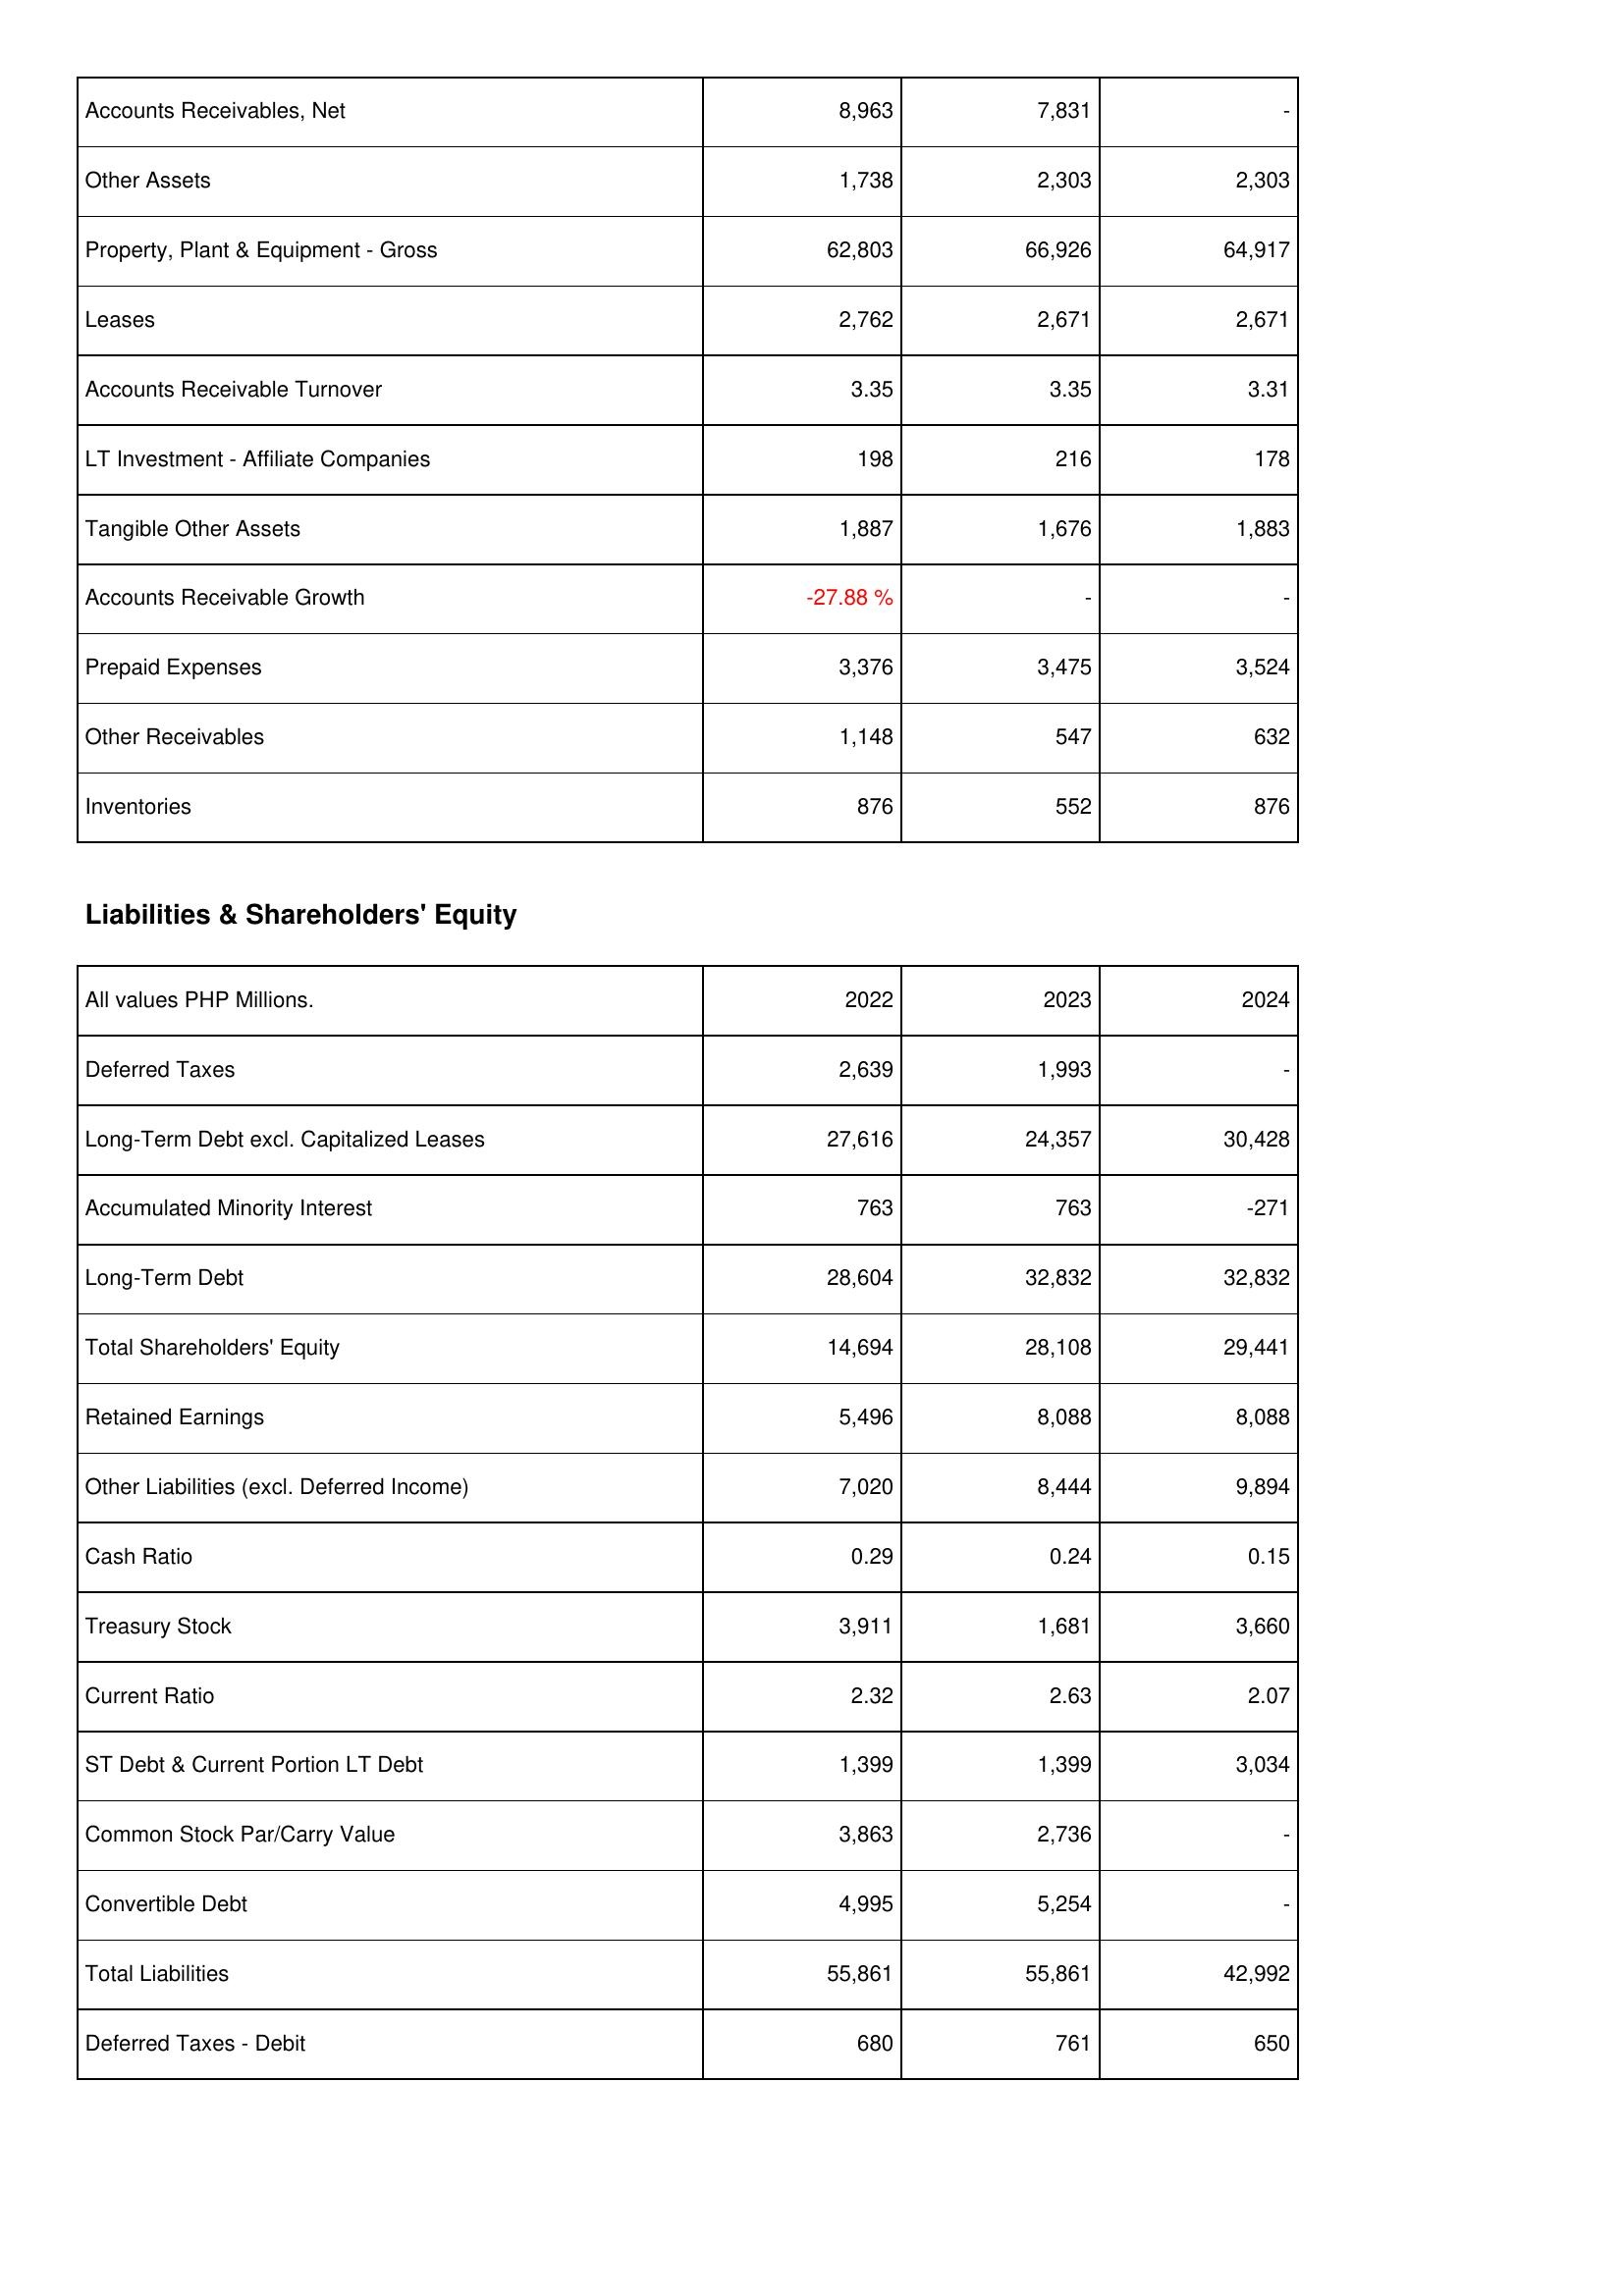
2022: Assets: Accounts Receivables, Net: 8,963
Other Assets: 1,738
Property, Plant & Equipment - Gross: 62,803
Leases: 2,762
Accounts Receivable Turnover: 3.35
LT Investment - Affiliate Companies: 198
Tangible Other Assets: 1,887
Accounts Receivable Growth: -27.88 %
Prepaid Expenses: 3,376
Other Receivables: 1,148
Inventories: 876
Liabilities & Shareholders' Equity: Deferred Taxes: 2,639
Long-Term Debt excl. Capitalized Leases: 27,616
Accumulated Minority Interest: 763
Long-Term Debt: 28,604
Total Shareholders' Equity: 14,694
Retained Earnings: 5,496
Other Liabilities (excl. Deferred Income): 7,020
Cash Ratio: 0.29
Treasury Stock: 3,911
Current Ratio: 2.32
ST Debt & Current Portion LT Debt: 1,399
Common Stock Par/Carry Value: 3,863
Convertible Debt: 4,995
Total Liabilities: 55,861
Deferred Taxes - Debit: 680
2023: Assets: Accounts Receivables, Net: 7,831
Other Assets: 2,303
Property, Plant & Equipment - Gross: 66,926
Leases: 2,671
Accounts Receivable Turnover: 3.35
LT Investment - Affiliate Companies: 216
Tangible Other Assets: 1,676
Accounts Receivable Growth: -
Prepaid Expenses: 3,475
Other Receivables: 547
Inventories: 552
Liabilities & Shareholders' Equity: Deferred Taxes: 1,993
Long-Term Debt excl. Capitalized Leases: 24,357
Accumulated Minority Interest: 763
Long-Term Debt: 32,832
Total Shareholders' Equity: 28,108
Retained Earnings: 8,088
Other Liabilities (excl. Deferred Income): 8,444
Cash Ratio: 0.24
Treasury Stock: 1,681
Current Ratio: 2.63
ST Debt & Current Portion LT Debt: 1,399
Common Stock Par/Carry Value: 2,736
Convertible Debt: 5,254
Total Liabilities: 55,861
Deferred Taxes - Debit: 761
2024: Assets: Accounts Receivables, Net: -
Other Assets: 2,303
Property, Plant & Equipment - Gross: 64,917
Leases: 2,671
Accounts Receivable Turnover: 3.31
LT Investment - Affiliate Companies: 178
Tangible Other Assets: 1,883
Accounts Receivable Growth: -
Prepaid Expenses: 3,524
Other Receivables: 632
Inventories: 876
Liabilities & Shareholders' Equity: Deferred Taxes: -
Long-Term Debt excl. Capitalized Leases: 30,428
Accumulated Minority Interest: -271
Long-Term Debt: 32,832
Total Shareholders' Equity: 29,441
Retained Earnings: 8,088
Other Liabilities (excl. Deferred Income): 9,894
Cash Ratio: 0.15
Treasury Stock: 3,660
Current Ratio: 2.07
ST Debt & Current Portion LT Debt: 3,034
Common Stock Par/Carry Value: -
Convertible Debt: -
Total Liabilities: 42,992
Deferred Taxes - Debit: 650